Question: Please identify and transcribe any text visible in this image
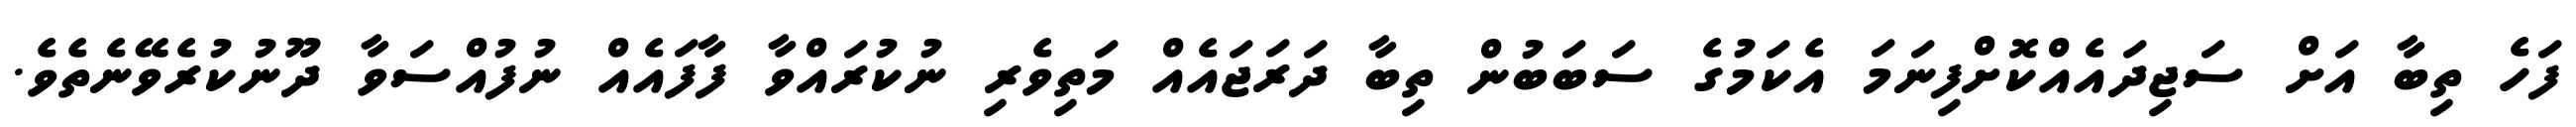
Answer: ފަހެ ތިބާ އަށް ސަޖިދައެއްކޮށްފިނަމަ އެކަމުގެ ސަބަބުން ތިބާ ދަރަޖައެއް މަތިވެރި ނުކުރައްވާ ފާފައެއް ނުފުއްސަވާ ދޫނުކުރެވޭނެތެވެ.